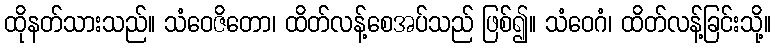
ထိုနတ်သားသည်။ သံဝေဇိတော၊ ထိတ်လန့်စေအပ်သည် ဖြစ်၍။ သံဝေဂံ၊ ထိတ်လန့်ခြင်းသို့။